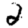
Digit: 2